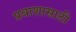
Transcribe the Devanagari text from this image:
प्रवाशासाठी